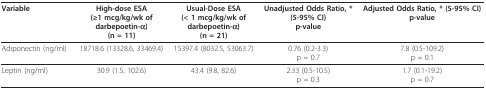
<table><thead><tr><td><b>Variable</b></td><td><b>High-dose ESA(≥1 mcg/kg/wk ofdarbepoetin-α)(n = 11)</b></td><td><b>Usual-Dose ESA(&lt; 1 mcg/kg/wk ofdarbepoetin-α)(n = 21)</b></td><td><b>Unadjusted Odds Ratio, *(5-95% CI)p-value</b></td><td><b>Adjusted Odds Ratio, * (5-95% CI)p-value</b></td></tr></thead><tbody><tr><td>Adiponectin (ng/ml)</td><td>18718.6 (13328.6, 33469.4)</td><td>15397.4 (8032.5, 53063.7)</td><td>0.76 (0.2-3.3)p = 0.7</td><td>7.8 (0.5-109.2)p = 0.1</td></tr><tr><td>Leptin (ng/ml)</td><td>30.9 (1.5, 102.6)</td><td>43.4 (9.8, 82.6)</td><td>2.33 (0.5-10.5)p = 0.3</td><td>1.7 (0.1-19.2)p = 0.7</td></tr></tbody></table>